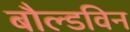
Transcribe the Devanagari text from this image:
बौल्डविन